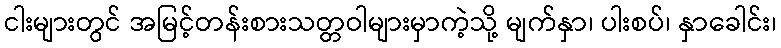
ငါးများတွင် အမြင့်တန်းစားသတ္တဝါများမှာကဲ့သို့ မျက်နှာ၊ ပါးစပ်၊ နှာခေါင်း၊